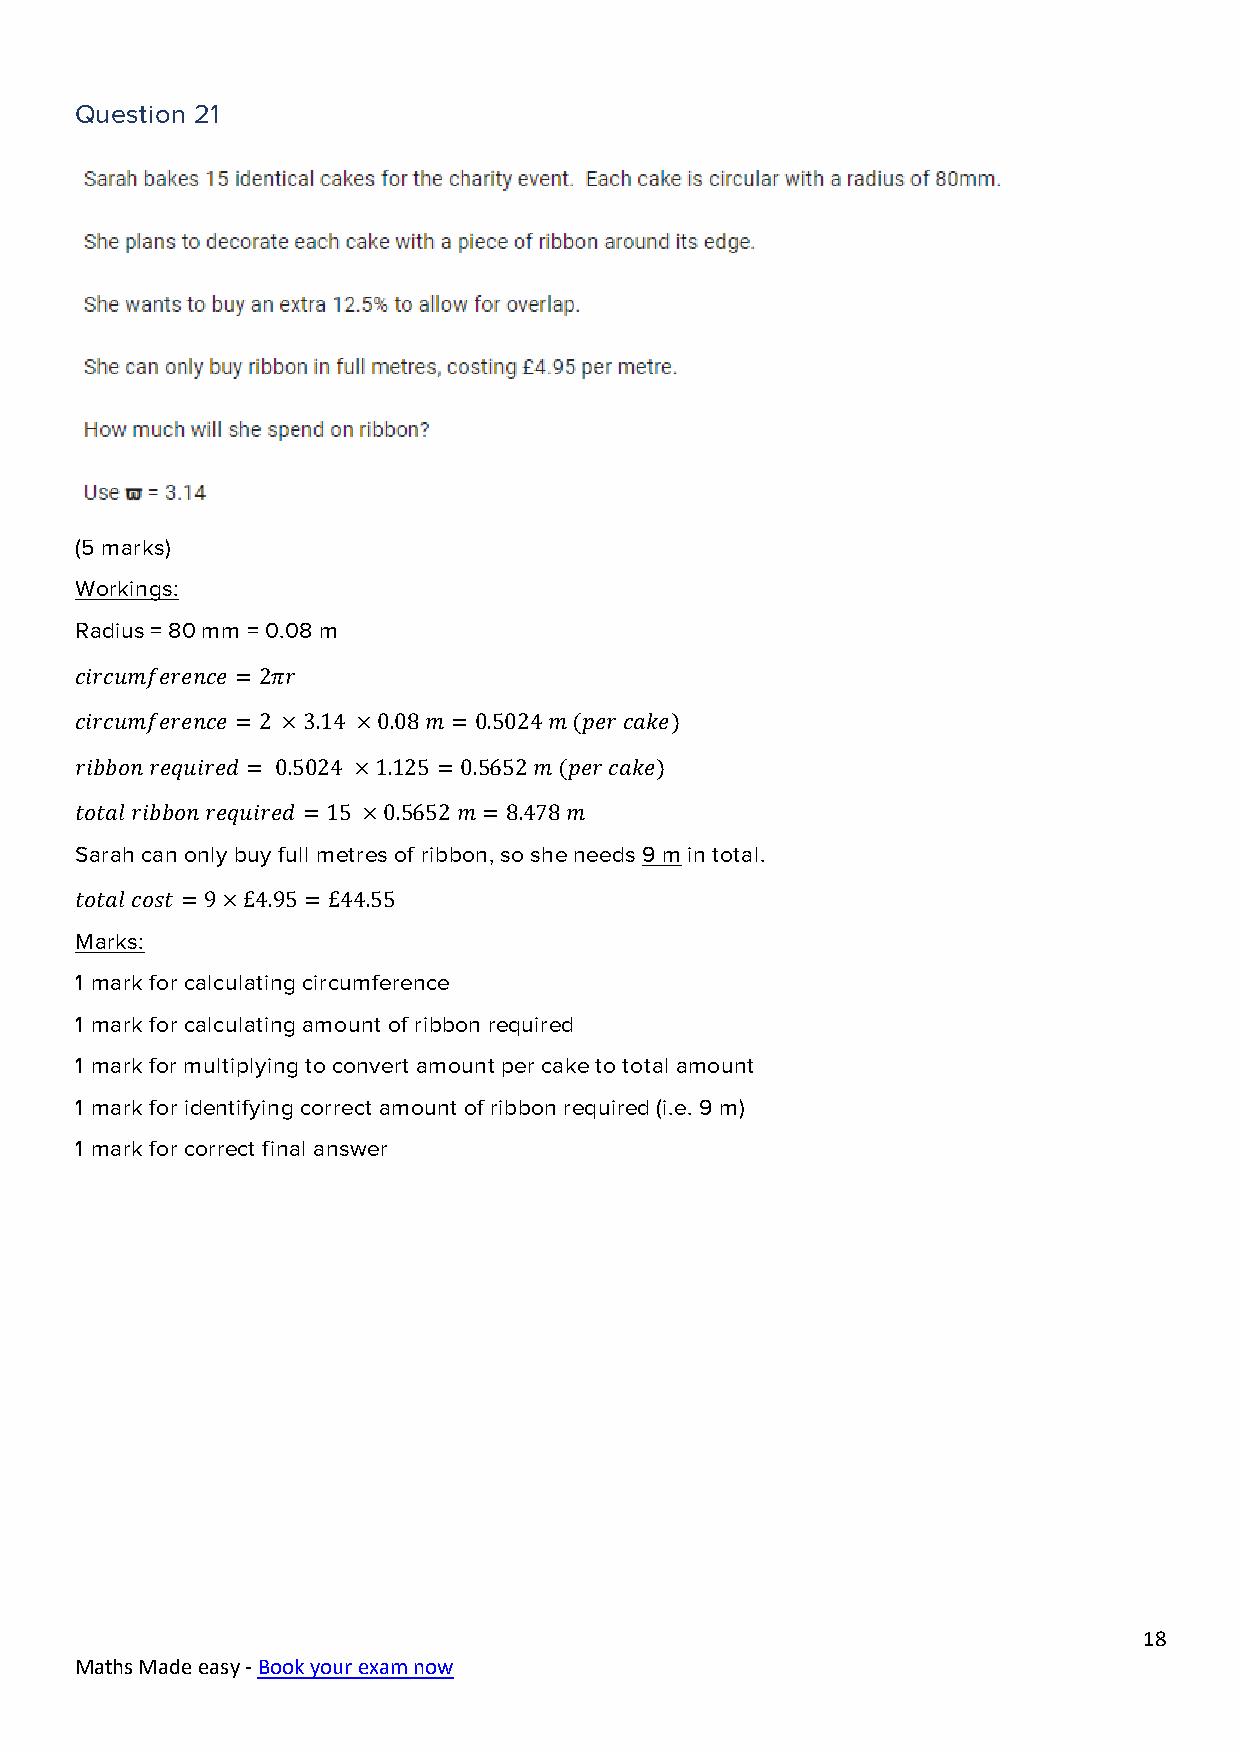
Question 21
 (5 marks)
 Workings:
 Radius = 80 mm = 0.08 m
 𝑐𝑖𝑟𝑐𝑢𝑚𝑓𝑒𝑟𝑒𝑛𝑐𝑒 = 2𝜋𝑟
 𝑐𝑖𝑟𝑐𝑢𝑚𝑓𝑒𝑟𝑒𝑛𝑐𝑒 = 2 ×3.14 ×0.08 𝑚 =0.5024 𝑚 (𝑝𝑒𝑟 𝑐𝑎𝑘𝑒)
 𝑟𝑖𝑏𝑏𝑜𝑛 𝑟𝑒𝑞𝑢𝑖𝑟𝑒𝑑 = 0.5024 ×1.125 = 0.5652 𝑚 (𝑝𝑒𝑟 𝑐𝑎𝑘𝑒)
 𝑡𝑜𝑡𝑎𝑙 𝑟𝑖𝑏𝑏𝑜𝑛 𝑟𝑒𝑞𝑢𝑖𝑟𝑒𝑑 =15 ×0.5652 𝑚 =8.478 𝑚
 Sarah can only buy full metres of ribbon, so she needs 9 m in total.
 𝑡𝑜𝑡𝑎𝑙 𝑐𝑜𝑠𝑡 =9×£4.95 = £44.55
 Marks:
 1 mark for calculating circumference
 1 mark for calculating amount of ribbon required
 1 mark for multiplying to convert amount per cake to total amount
 1 mark for identifying correct amount of ribbon required (i.e. 9 m)
 1 mark for correct final answer
 18
 Maths Made easy - Book your exam now